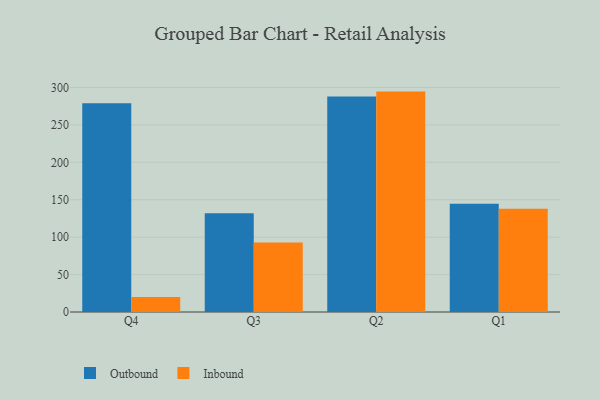
{"axis": {"x": "Quarter", "y": "Production Output"}, "legend": ["Inbound", "Outbound"], "data": [{"x": "Q4", "y": 279.1, "type": "Outbound"}, {"x": "Q4", "y": 20.1, "type": "Inbound"}, {"x": "Q3", "y": 131.8, "type": "Outbound"}, {"x": "Q3", "y": 93.0, "type": "Inbound"}, {"x": "Q2", "y": 287.8, "type": "Outbound"}, {"x": "Q2", "y": 294.5, "type": "Inbound"}, {"x": "Q1", "y": 144.5, "type": "Outbound"}, {"x": "Q1", "y": 138.0, "type": "Inbound"}]}